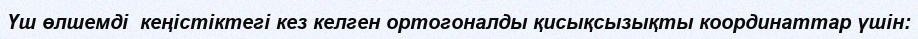
Үш өлшемді  кеңістіктегі кез келген ортогоналды қисықсызықты координаттар үшін: